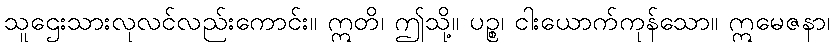
သူဌေးသားလုလင်လည်းကောင်း။ ဣတိ၊ ဤသို့။ ပဉ္စ၊ ငါးယောက်ကုန်သော။ ဣမေဇနာ၊